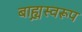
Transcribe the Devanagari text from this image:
बाह्य़स्वरूप